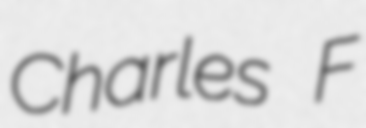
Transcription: Charles F